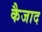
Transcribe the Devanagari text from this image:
कैजाद